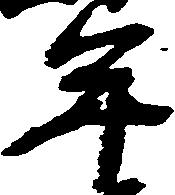
年